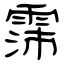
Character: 霈